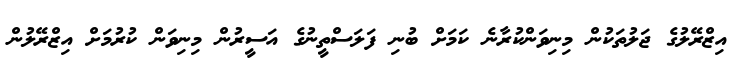
އިޒްރޭލުގެ ޖަލުތަކުން މިނިވަންކުރާނެ ކަމަށް ބުނި ފަލަސްތީނުގެ އަސީރުން މިނިވަން ކުރުމަށް އިޒްރޭލުން